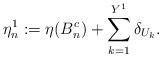
LaTeX: \begin{align*}\eta_n^1:=\eta(B_n^c)+\sum_{k=1}^{Y^1}\delta_{U_k}.\end{align*}